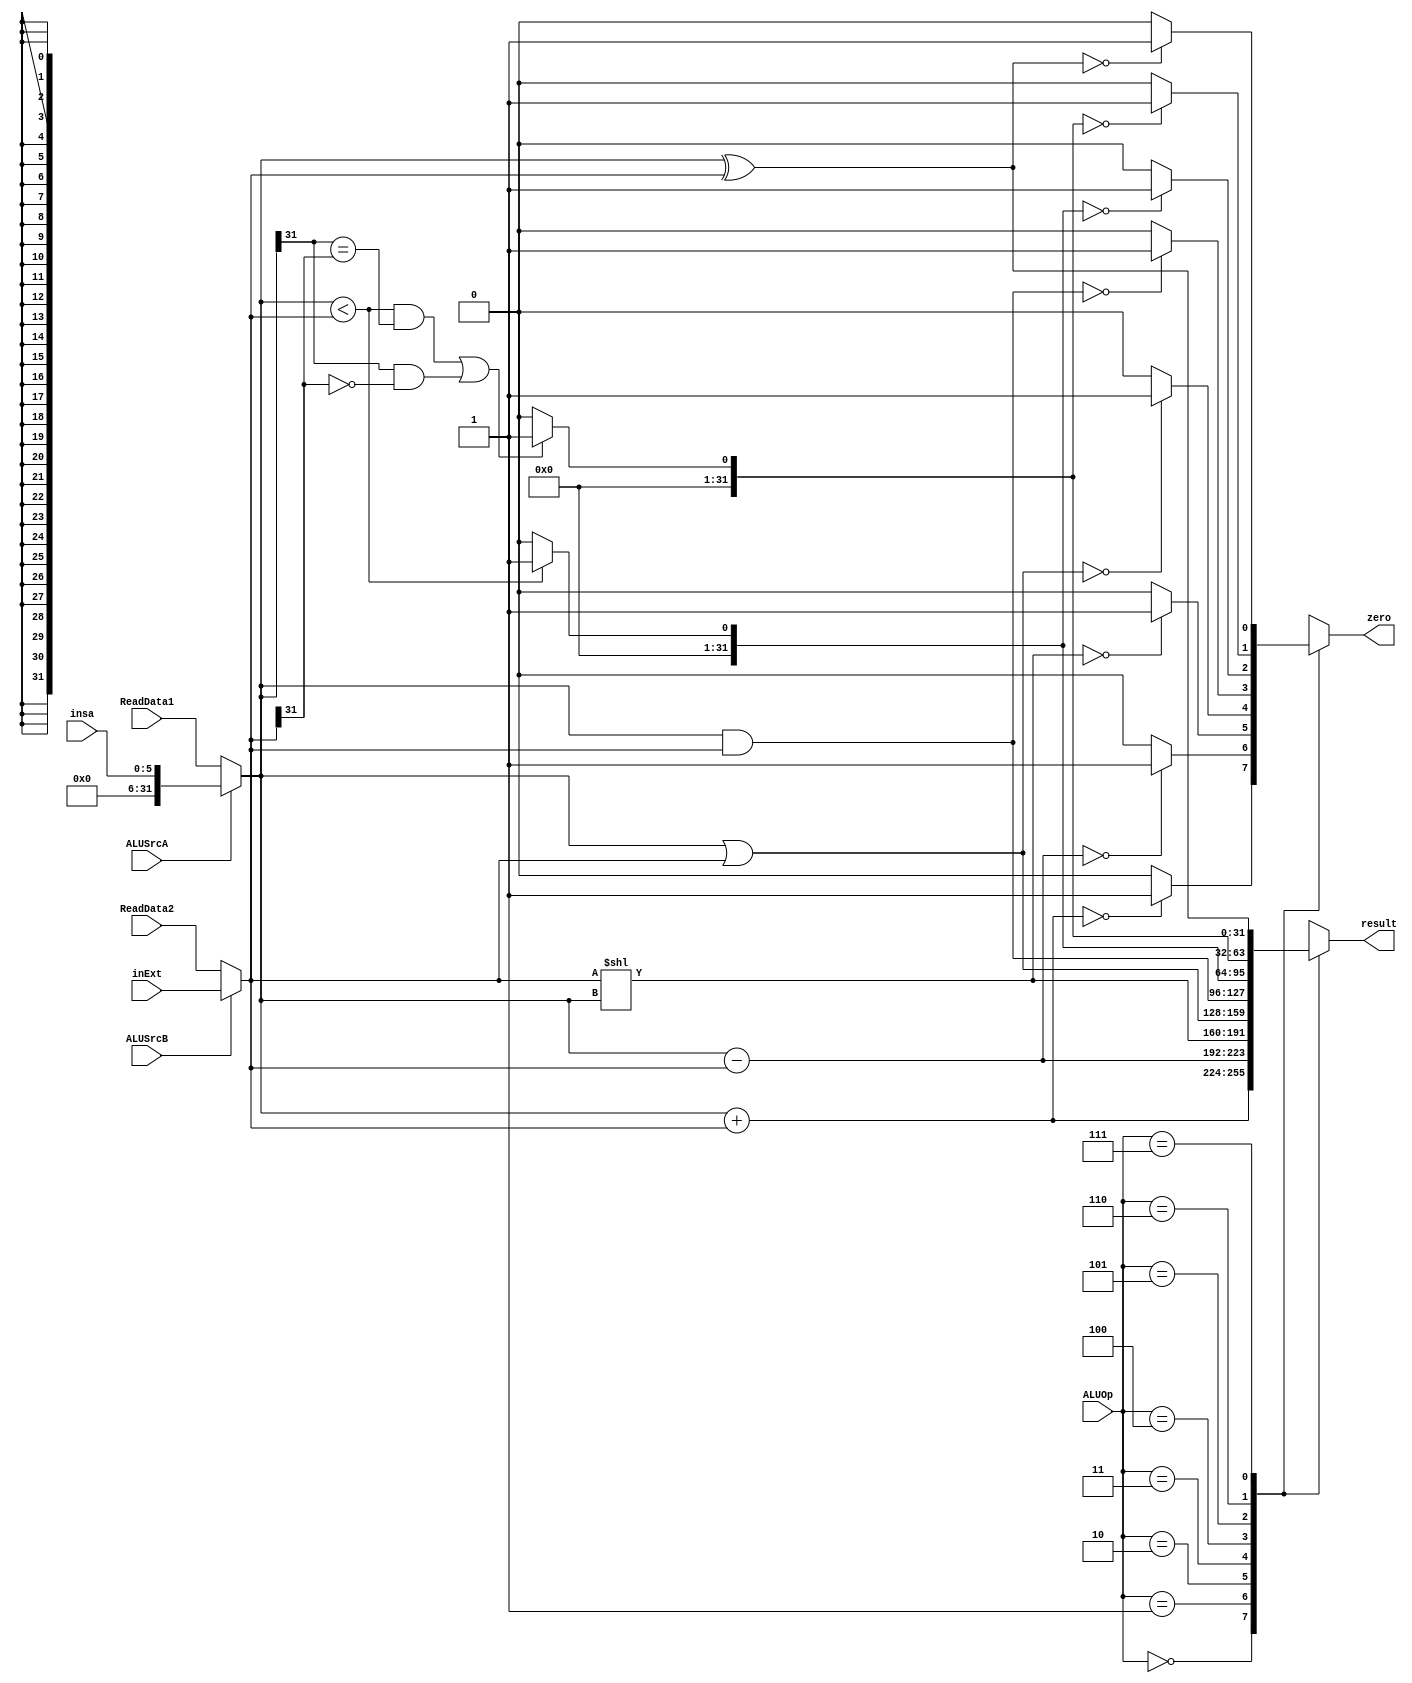
`timescale 1ns / 1ps
//////////////////////////////////////////////////////////////////////////////////
// Company: 
// Engineer: 
// 
// Design Name: 
// Module Name: ALU
// Project Name: 
// Target Devices: 
// Tool Versions: 
// Description: 
// 
// Dependencies: 
// 
// Revision:
// Revision 0.01 - File Created
// Additional Comments:
// 
//////////////////////////////////////////////////////////////////////////////////


module ALU(
    input [31:0] ReadData1,
    input [31:0] ReadData2,
    // 0
    input [31:0] inExt,
    // sa
    input [5:0] insa,
    input ALUSrcA,
    input ALUSrcB,
    input [2:0] ALUOp,
    output reg zero,
    output reg [31:0] result
    );
    
    // 
    wire [31:0] A;
    wire [31:0] B;
    
    // ALU
    assign A = ALUSrcA ? insa :ReadData1;
    assign B = ALUSrcB ? inExt : ReadData2;
    
    always @(ReadData1 or ReadData2 or inExt or ALUSrcA or ALUSrcB or ALUOp or A or B)
        begin
            case(ALUOp)
                3'b000: begin  
                    result = A + B;  
                    zero = (result == 0)? 1 : 0;  
                end  
                3'b001: begin  
                    result = A - B;  
                    zero = (result == 0)? 1 : 0;  
                end  
                3'b010: begin  
                    result = B << A; 
                    zero = (result == 0)? 1 : 0;  
                end
                3'b011: begin  
                    result = A | B; 
                    zero = (result == 0)? 1 : 0;  
                end  
                3'b100: begin  
                    result = A & B;  
                    zero = (result == 0)? 1 : 0;  
                end  
                3'b101: begin  
                    result = (A < B) ? 1 : 0;  
                    zero = (result == 0)? 1 : 0;  
                end  
                3'b110: begin  
                    result = ((A < B && A[31] == B[31]) || (A[31] == 1 && B[31] == 0)) ? 1 : 0;
                    zero = (result == 0)? 1 : 0;  
                end  
                3'b111: begin  
                    result = A ^ B;  
                    zero = (result == 0)? 1 : 0;  
                end  
             endcase  
        end
endmodule